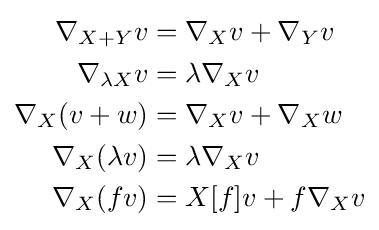
{\begin{aligned}\nabla _{X+Y}v&=\nabla _{X}v+\nabla _{Y}v\\\nabla _{\lambda X}v&=\lambda \nabla _{X}v\\\nabla _{X}(v+w)&=\nabla _{X}v+\nabla _{X}w\\\nabla _{X}(\lambda v)&=\lambda \nabla _{X}v\\\nabla _{X}(fv)&=X[f]v+f\nabla _{X}v\end{aligned}}